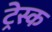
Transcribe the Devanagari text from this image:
ट्रेस्क